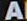
A